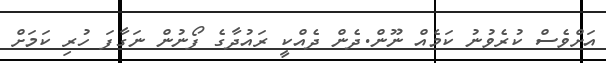
އަށްވެސް ކުރެވުނު ކަމެއް ނޫން.ދެން ދެއްކީ ރައުދާގެ ފޯނުން ނަގާފަ ހުރި ކަމަށް